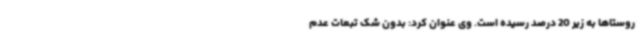
روستاها به زیر 20 درصد رسیده است. وی عنوان کرد: بدون شک تبعات عدم